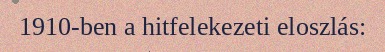
1910-ben a hitfelekezeti eloszlás: